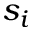
s _ { i }